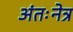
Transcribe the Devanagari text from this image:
अंतःनेत्र